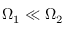
\Omega _ { 1 } \ll \Omega _ { 2 }